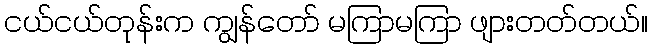
ငယ်ငယ်တုန်းက ကျွန်တော် မကြာမကြာ ဖျားတတ်တယ်။